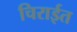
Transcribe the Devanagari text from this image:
चिराईत